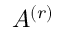
A ^ { ( r ) }